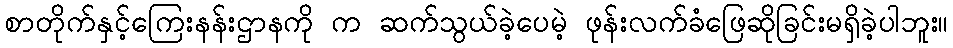
စာတိုက်နှင့်ကြေးနန်းဌာနကို က ဆက်သွယ်ခဲ့ပေမဲ့ ဖုန်းလက်ခံဖြေဆိုခြင်းမရှိခဲ့ပါဘူး။